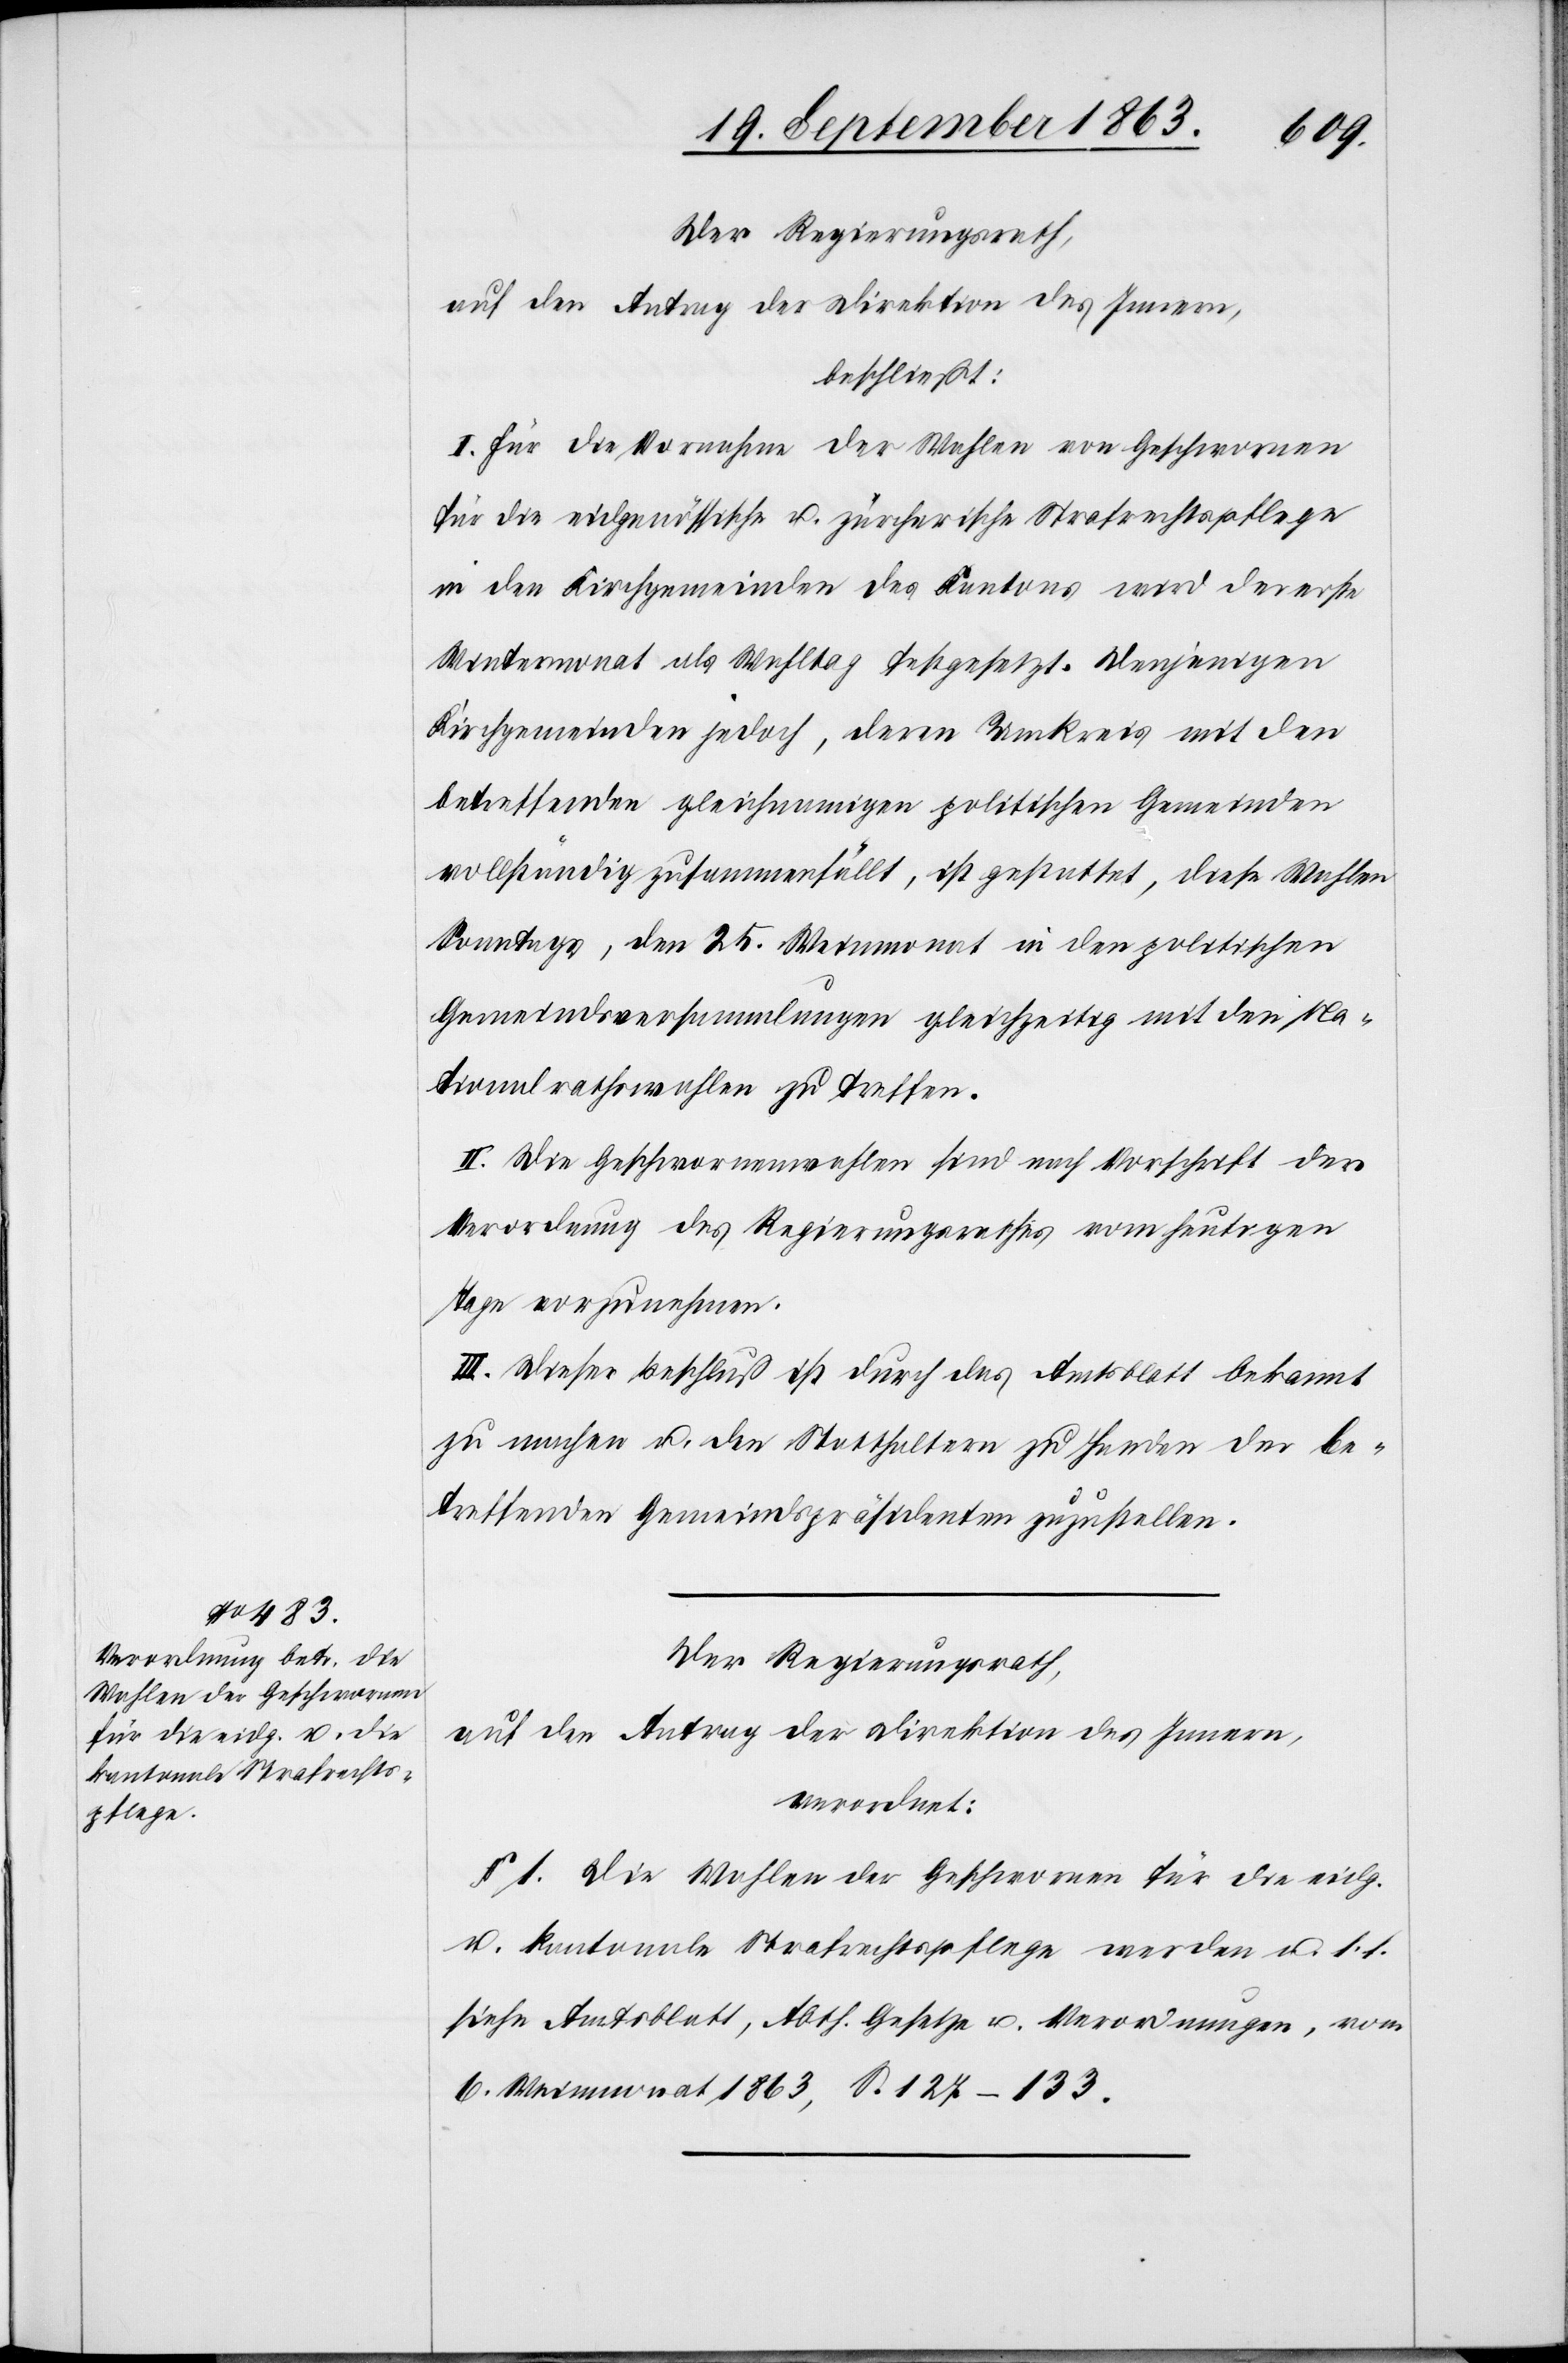
beschließt:
I. Für die Vornahme der Wahlen von Geschwornen
für die eidgenössische u. zürcherische Strafrechtspflege
in den Kirchgemeinden des Kantons wird der erste
Wintermonat als Wahltag festgesetzt. Denjenigen
Kirchgemeinden jedoch, deren Umkreis mit den
betreffenden gleichnamigen politischen Gemeinden
vollständig zusammenfällt, ist gestattet, diese Wahlen
Sonntags, den 25. Weinmonat in den politischen
Gemeindsversammlungen gleichzeitig mit den Na¬
tionalrathswahlen zu treffen.
II. Die Geschwornenwahlen sind nach Vorschrift der
Verordnung des Regierungsrathes vom heutigen
Tage vorzunehmen.
III. Dieser Beschluß ist durch das Amtsblatt bekannt
zu machen u. den Statthaltern zu Handen der be¬
treffenden Gemeindspräsidenten zuzustellen.
Der Regierungsrath,
auf den Antrag der Direktion des Innern,
verordnet:
§ 1. Die Wahlen der Geschwornen für die eidg.
u. kantonale Strafrechtspflege werden u. s. f.
siehe Amtsblatt, Abth. Gesetze u. Verordnungen, vom
6. Weinmonat 1863, S. 127–133.